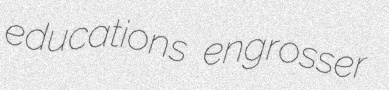
educations engrosser